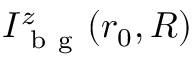
I _ { \mathrm { ~ b ~ g ~ } } ^ { z } ( \boldsymbol { r } _ { 0 } , R )